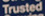
Trusted